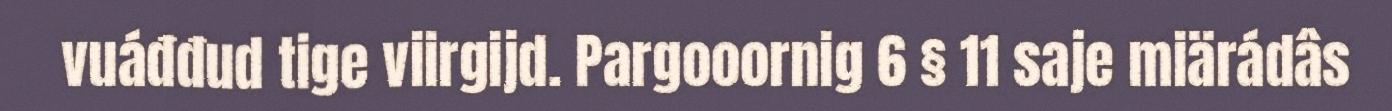
vuáđđud tige viirgijd. Pargooornig 6 § 11 saje miärádâs